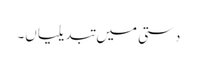
دستی میں تبدیلیاں۔